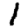
Digit: 1